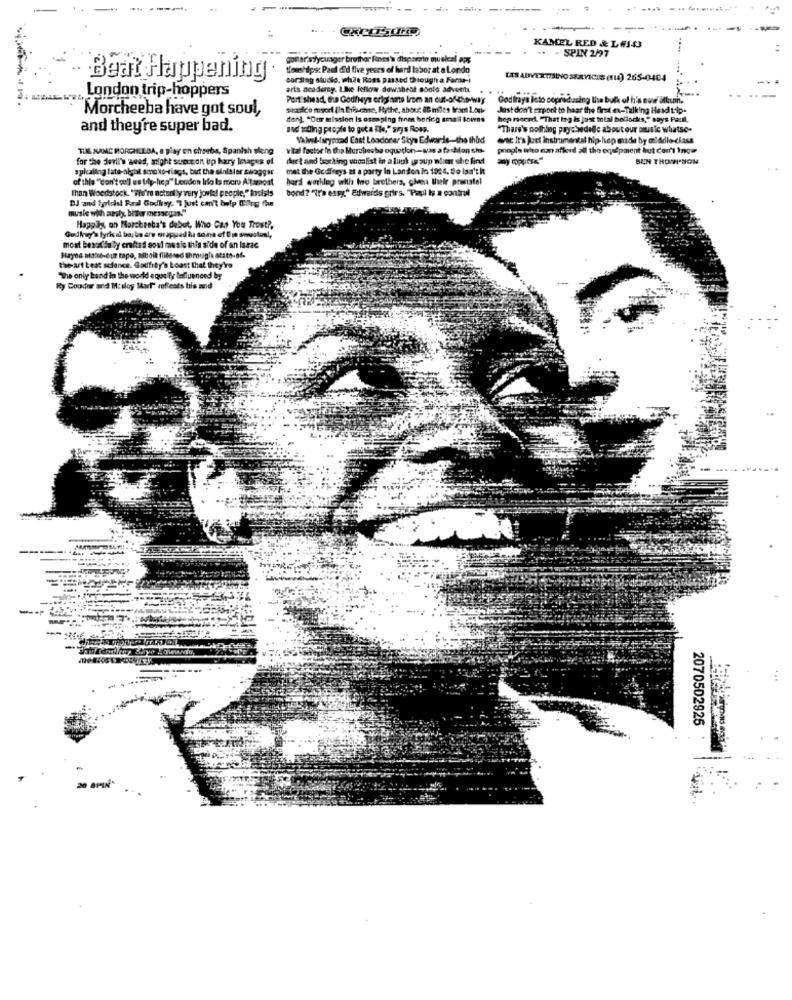
KAMEL RED & LAIS
-. - SPIN 2/97
gottar syyounger brother Rioes's disperato musical apx
Wowships: Paul did five years of hard labor at a Londo
Beat Happening
cording studio, while Ross passed through a Farse-
LES ADVERTISING SERVICIS (110) 265-0404
arts academy. Like fellows downbeat sonle adventi
London trip-hoppers
Pert'shead, the Godfways originate from an out-of-the-way
Godtrays loto copreducing the bulk of h's now album.
Morcheeba have got soul,
Jast don't Export to haar the first ex-Talking Head trip.
den). "Our mission is osmaping from boring small towns
hop recced. "That tog is jast total bollocks," says Paull.
and they're super bad.
and tolling propte to got a The," says Ross.
"Thass's nothing psychedelic about our music whatse-
Valvol-/aryroad Cast Leacionar Skye Edwards-the third
wat it's Just instrumental hip-hop made by middle-class
TUAS NAME MORCHEEBA, a play on chorba, Spanish steng
vital factor in the Marchesha oquetion-was a to chlan she-
poogin who can afleid all the equipment but Carr't Inge
for the devil's weed, aight suocon up hary losages of
der t and borking vocalist in a lunk group what she find
BEN THOMPSON
spicaling late-night smoko-rings, but the sinister suoggs
met the Godfreys at a party In Landon in 1925. So isa': kt
of thle " don't oul] us Ulp-hep" Lenden lilo Is more Altapost
hard workleg with tro brothers, glee thele prenstel
than Woodstock. "Tlf're actually very jovial people," Insists
bond? "It's easy" Edwards grirs. "Papi Is a control
DJ and fyricist Paral Godhay- 7Just can't help Cing the
musie with ansly, bither menegas."
Happily, on Morcheeba's debut, Who Can You Trost ?.
Gudkug's lyrical bor bo are wrapped la sone of Ere swooton !,
mont beral Su by crafted soul music this side of an Isme
Hayes Make-out tape, siboik filtered through stato-of-
the- art Leat sclance. Godfrby's boast that they're
"The only band in the world equally Influenced by
Ry Cooder and Mcaloy Mart" auffeats his and
2070502925